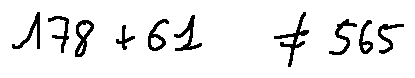
1 7 8 + 6 1 \neq 5 6 5